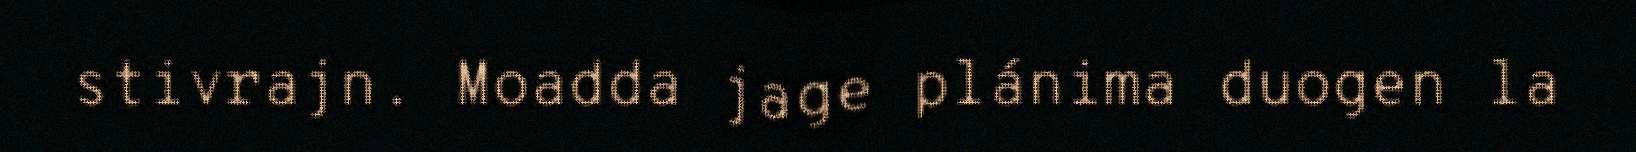
stivrajn. Moadda jage plánima duogen la